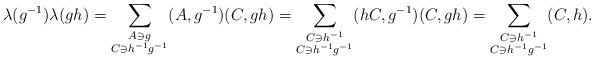
LaTeX: \begin{align*} \lambda(g^{-1})\lambda(gh) & = \sum_{\substack{A \ni g \\ C \ni h^{-1}g^{-1}}} (A, g^{-1})(C,gh) = \sum_{\substack{C \ni h^{-1} \\ C \ni h^{-1}g^{-1}}} (hC, g^{-1})(C,gh) = \sum_{\substack{C \ni h^{-1} \\ C \ni h^{-1}g^{-1}}} (C,h).\end{align*}